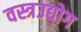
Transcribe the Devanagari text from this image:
वस्त्रउद्योग